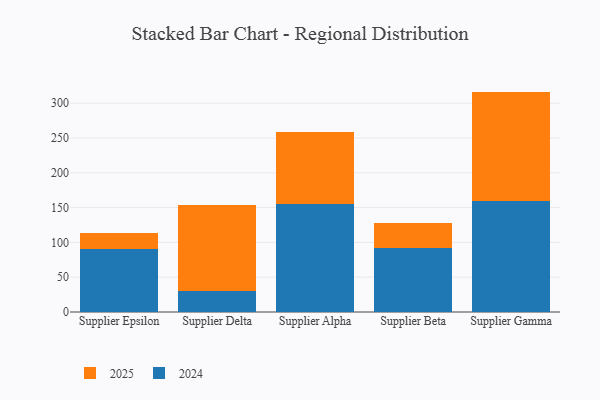
{"axis": {"x": "Supplier", "y": "Active Users"}, "legend": ["2024", "2025"], "data": [{"x": "Supplier Epsilon", "y": 24.1, "type": "2025"}, {"x": "Supplier Epsilon", "y": 89.9, "type": "2024"}, {"x": "Supplier Delta", "y": 124.6, "type": "2025"}, {"x": "Supplier Delta", "y": 29.7, "type": "2024"}, {"x": "Supplier Alpha", "y": 102.5, "type": "2025"}, {"x": "Supplier Alpha", "y": 155.7, "type": "2024"}, {"x": "Supplier Beta", "y": 35.7, "type": "2025"}, {"x": "Supplier Beta", "y": 92.2, "type": "2024"}, {"x": "Supplier Gamma", "y": 156.8, "type": "2025"}, {"x": "Supplier Gamma", "y": 159.8, "type": "2024"}]}